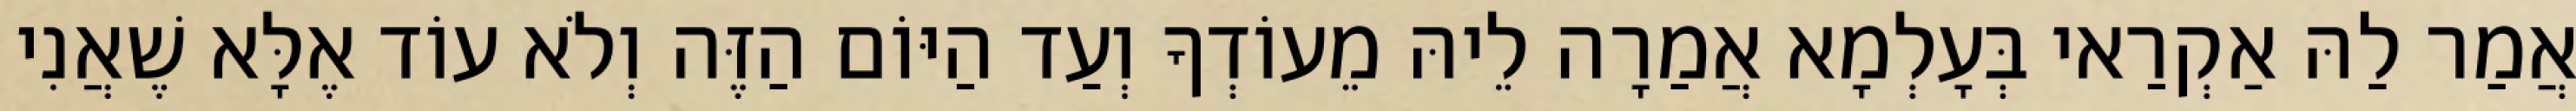
אֲמַר לַהּ אַקְרַאי בְּעָלְמָא אֲמַרָה לֵיהּ מֵעוֹדְךָ וְעַד הַיּוֹם הַזֶּה וְלֹא עוֹד אֶלָּא שֶׁאֲנִי